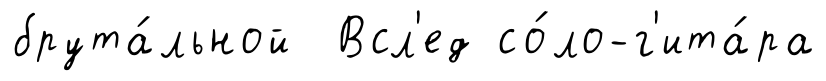
брута́льной Всл'ед со́ло-г'ита́ра